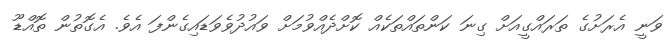
ވަނީ އެރަށުގެ ތަރައްގީއަށް ގިނަ ކަންތައްތަކެއް ކޮށްދެއްވުމަށް ވައުދުވެވަޑައިގެންފަ އެވެ. އެގޮތުން ތޮއްޑޫ